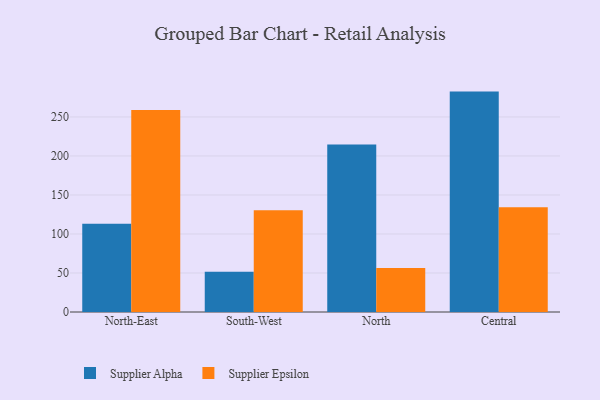
{"axis": {"x": "Region", "y": "Churn Rate (%)"}, "legend": ["Supplier Alpha", "Supplier Epsilon"], "data": [{"x": "North-East", "y": 113.1, "type": "Supplier Alpha"}, {"x": "North-East", "y": 259.0, "type": "Supplier Epsilon"}, {"x": "South-West", "y": 51.6, "type": "Supplier Alpha"}, {"x": "South-West", "y": 130.4, "type": "Supplier Epsilon"}, {"x": "North", "y": 214.7, "type": "Supplier Alpha"}, {"x": "North", "y": 56.5, "type": "Supplier Epsilon"}, {"x": "Central", "y": 282.5, "type": "Supplier Alpha"}, {"x": "Central", "y": 134.4, "type": "Supplier Epsilon"}]}